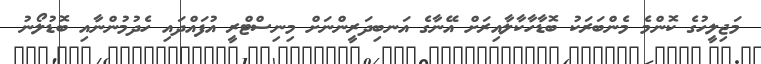
މަޖިލީހުގެ ކޮންމެ މެންބަރަކު ބޮޑާހާކާލާއިރަށް އޭނާގެ އަނބިދަރީންނަށް މިނިސްޓްރީ އުފައްދައި ހެދުމުންނާއި ބޮޑުލޯނު